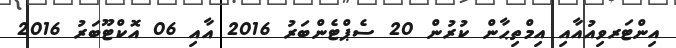
އިންޓަރވިއުއާއި އިމްތިޙާން ކުރުން 20 ސެޕްޓެންބަރު 2016 އާއި 06 އޮކްޓޫބަރު 2016